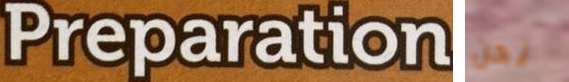
Preparation نحن